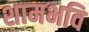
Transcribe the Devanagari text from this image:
शामभवि